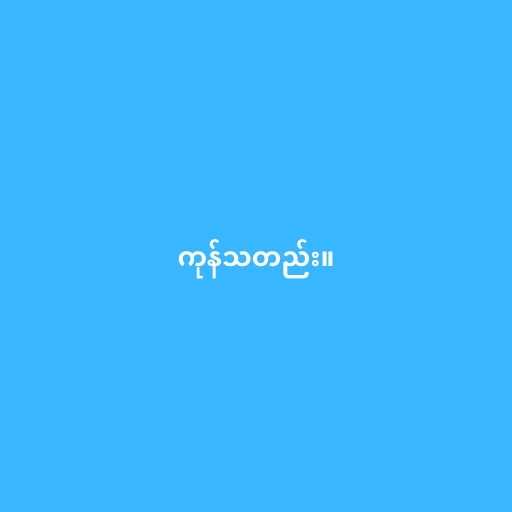
ကုန်သတည်း။